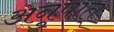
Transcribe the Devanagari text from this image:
अनुपात्